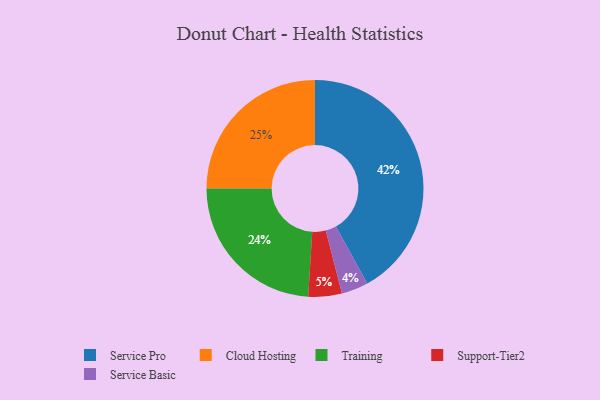
{"axis": {"x": "Category", "y": "Percentage"}, "legend": ["Cloud Hosting", "Service Basic", "Service Pro", "Support-Tier2", "Training"], "data": [{"x": "Service Basic", "y": 4, "type": "Service Basic"}, {"x": "Service Pro", "y": 42, "type": "Service Pro"}, {"x": "Cloud Hosting", "y": 25, "type": "Cloud Hosting"}, {"x": "Support-Tier2", "y": 5, "type": "Support-Tier2"}, {"x": "Training", "y": 24, "type": "Training"}]}